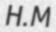
H.M